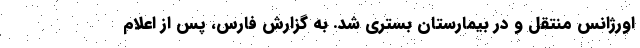
اورژانس منتقل و در بیمارستان بستری شد. به گزارش فارس، پس از اعلام